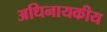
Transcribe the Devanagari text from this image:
अधिनायकीय